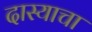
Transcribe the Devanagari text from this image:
दास्याचा